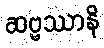
ဆဗ္ဗဿာနိ